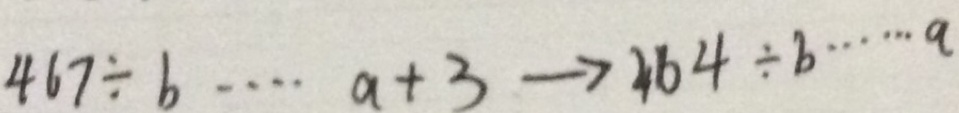
4 6 7 \div b \cdots a + 3 \rightarrow 4 6 4 \div b \cdots a